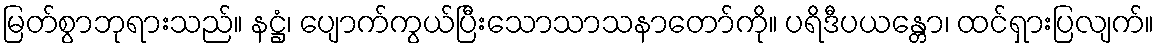
မြတ်စွာဘုရားသည်။ နဋ္ဌံ၊ ပျောက်ကွယ်ပြီးသောသာသနာတော်ကို။ ပရိဒီပယန္တော၊ ထင်ရှားပြလျက်။